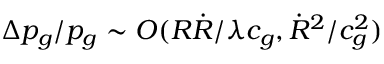
\Delta p _ { g } / p _ { g } \sim O ( R \dot { R } / \lambda c _ { g } , \dot { R } ^ { 2 } / c _ { g } ^ { 2 } )